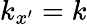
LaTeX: k_{x^{\prime}}=k